Riigikohus_(kohtuotsuste_protokollid), lk 15
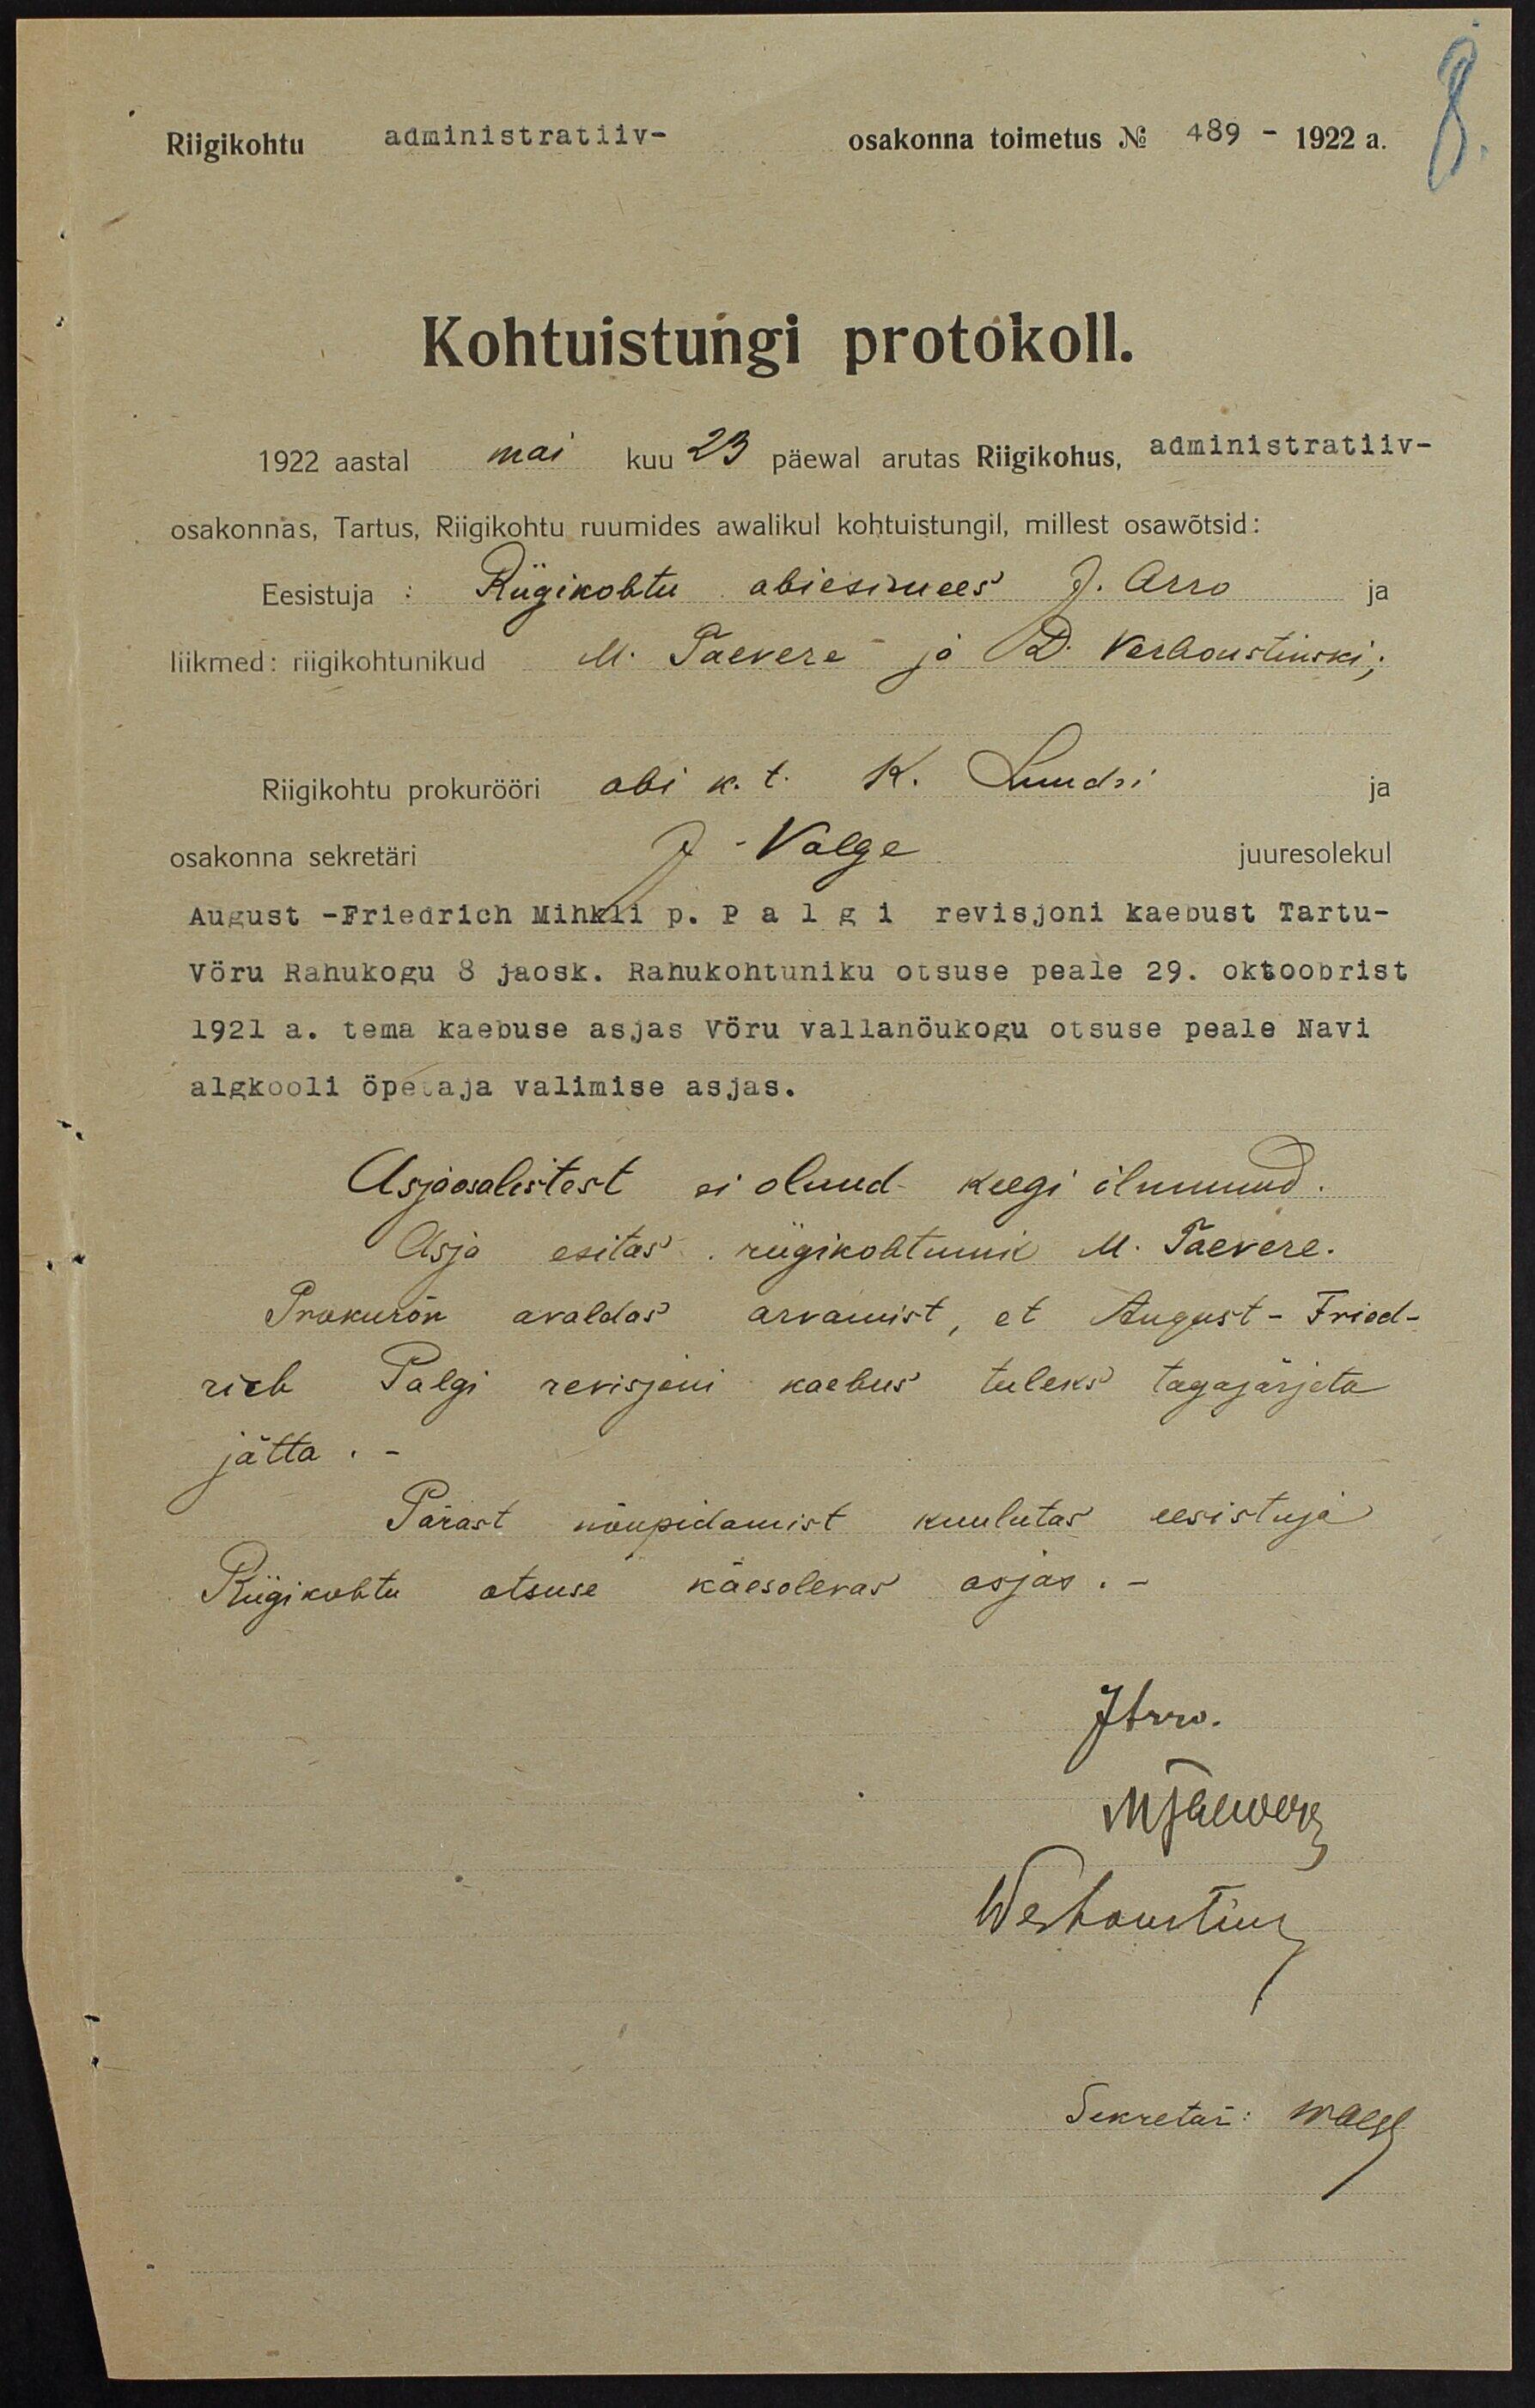
Riigikohtu administratiiv- osakonna toimetus N 489 - 1922 a.
Kohtuistungi protokoll.
1922 aasta mai kuu 23 päewal antas Riigikohus, administratiiv-
osakonnas, Tartus, Riigikohtu ruumides awalikul kohtuistungi, millest osawõtsid:
Eesistuja: Riigikohtu abiesimees J. Arro
liikmed: riigikohtunikud M. Taevere ja A. Verhoustinski,
Riigikohtu prokurööri abi k.t. K. Luudi'i
J. Valge
juuresolekul
osakonna sekretäri
Võru Rahukogu 8 jaosk. Rahukohtuniku otsuse peale 29. oktoobrist
1921 a. tema kaebuse asjas Võru vallanõukogu otsuse peale Navi
algkooli õpetaja valimise asjas.
Asjaosalistest ei olnud keegi ilmunud.
Asja esitas riigikohtunik M. Taevere.
Prokurör avaldas arvamist, et August - Fried-
rich Palgi revisjoni kaebus tuleks tagajärjeta
jätta.
Pärast nõupidamist kuulutas eesistuja
Riigikohtu otsuse käesolevas asjas.